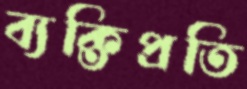
ব্যক্তিপ্রতি